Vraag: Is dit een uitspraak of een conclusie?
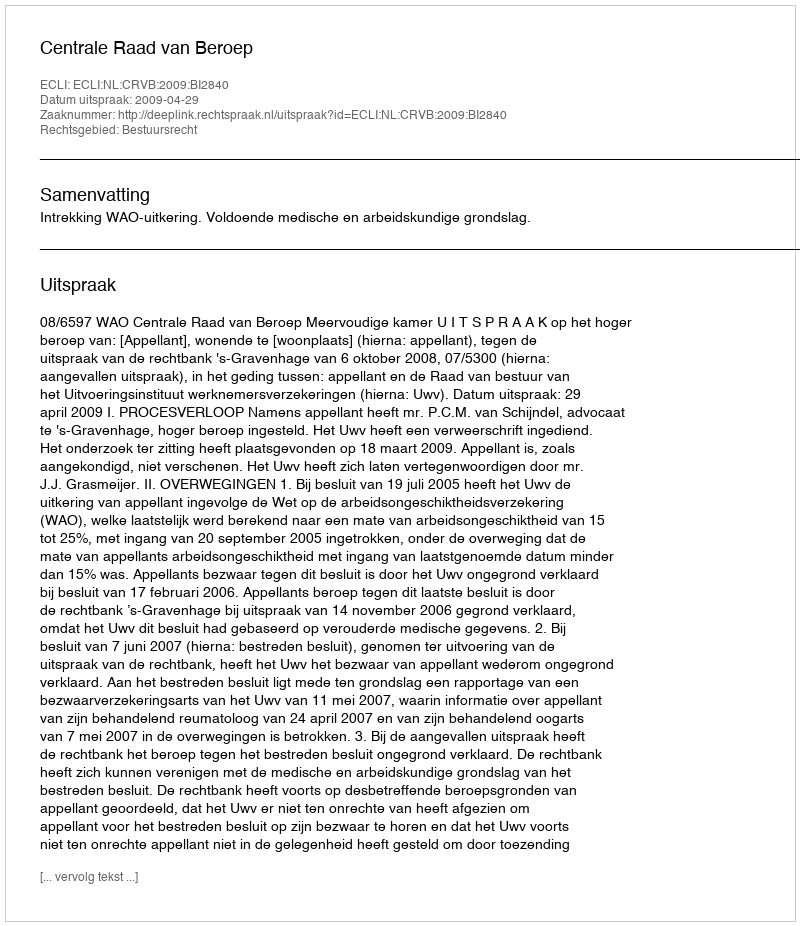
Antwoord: Uitspraak